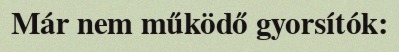
Már nem működő gyorsítók: